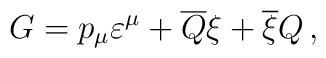
G=p_{\mu}\varepsilon^{\mu}+\overline{Q}\xi+\overline{\xi}Q\,,